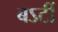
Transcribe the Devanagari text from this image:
बऽर्टी